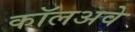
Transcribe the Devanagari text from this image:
कॉलअवे